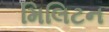
મિલિટન